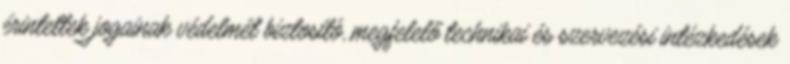
érintettek jogainak védelmét biztosító, megfelelő technikai és szervezési intézkedések